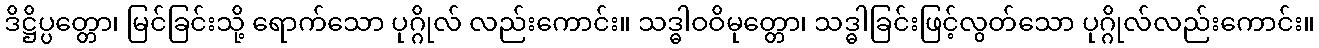
ဒိဋ္ဌိပ္ပတ္တော၊ မြင်ခြင်းသို့ ရောက်သော ပုဂ္ဂိုလ် လည်းကောင်း။ သဒ္ဓါဝဝိမုတ္တော၊ သဒ္ဓါခြင်းဖြင့်လွတ်သော ပုဂ္ဂိုလ်လည်းကောင်း။